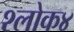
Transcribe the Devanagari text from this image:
श्लोक४